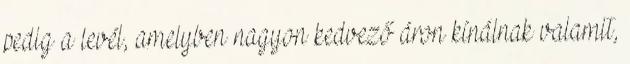
pedig a levél, amelyben nagyon kedvező áron kínálnak valamit,